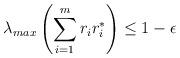
LaTeX: \begin{align*} \lambda_{max}\left(\sum_{i=1}^mr_ir_i^*\right)\le 1-\epsilon\end{align*}